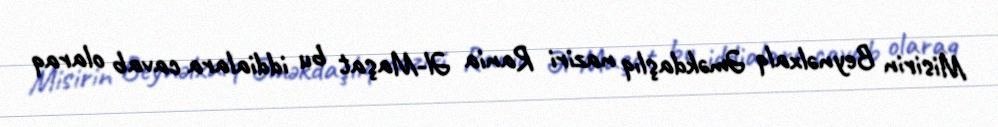
Misirin Beynəlxalq Əməkdaşlıq naziri Rania Əl-Maşat bu iddialara cavab olaraq